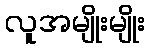
လူအမျိုးမျိုး